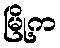
မြို့က